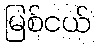
မြစ်ငယ်